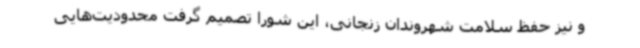
و نیز حفظ سلامت شهروندان زنجانی، این شورا تصمیم گرفت محدودیت‌هایی